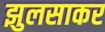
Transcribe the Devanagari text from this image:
झुलसाकर